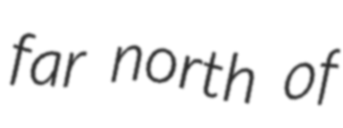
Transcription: far north of